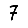
Digit: 7